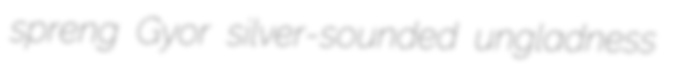
spreng Gyor silver-sounded ungladness